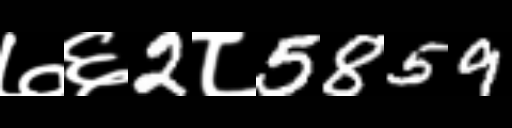
Text: ७६2८5859